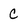
Character: C